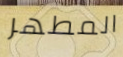
المطهر